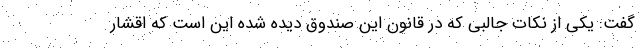
گفت: یکی از نکات جالبی که در قانون این صندوق دیده شده این است که اقشار